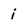
Character: i